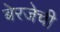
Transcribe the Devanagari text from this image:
बेरजेची